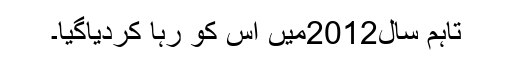
تاہم سال2012میں اس کو رہا کردیاگیا۔